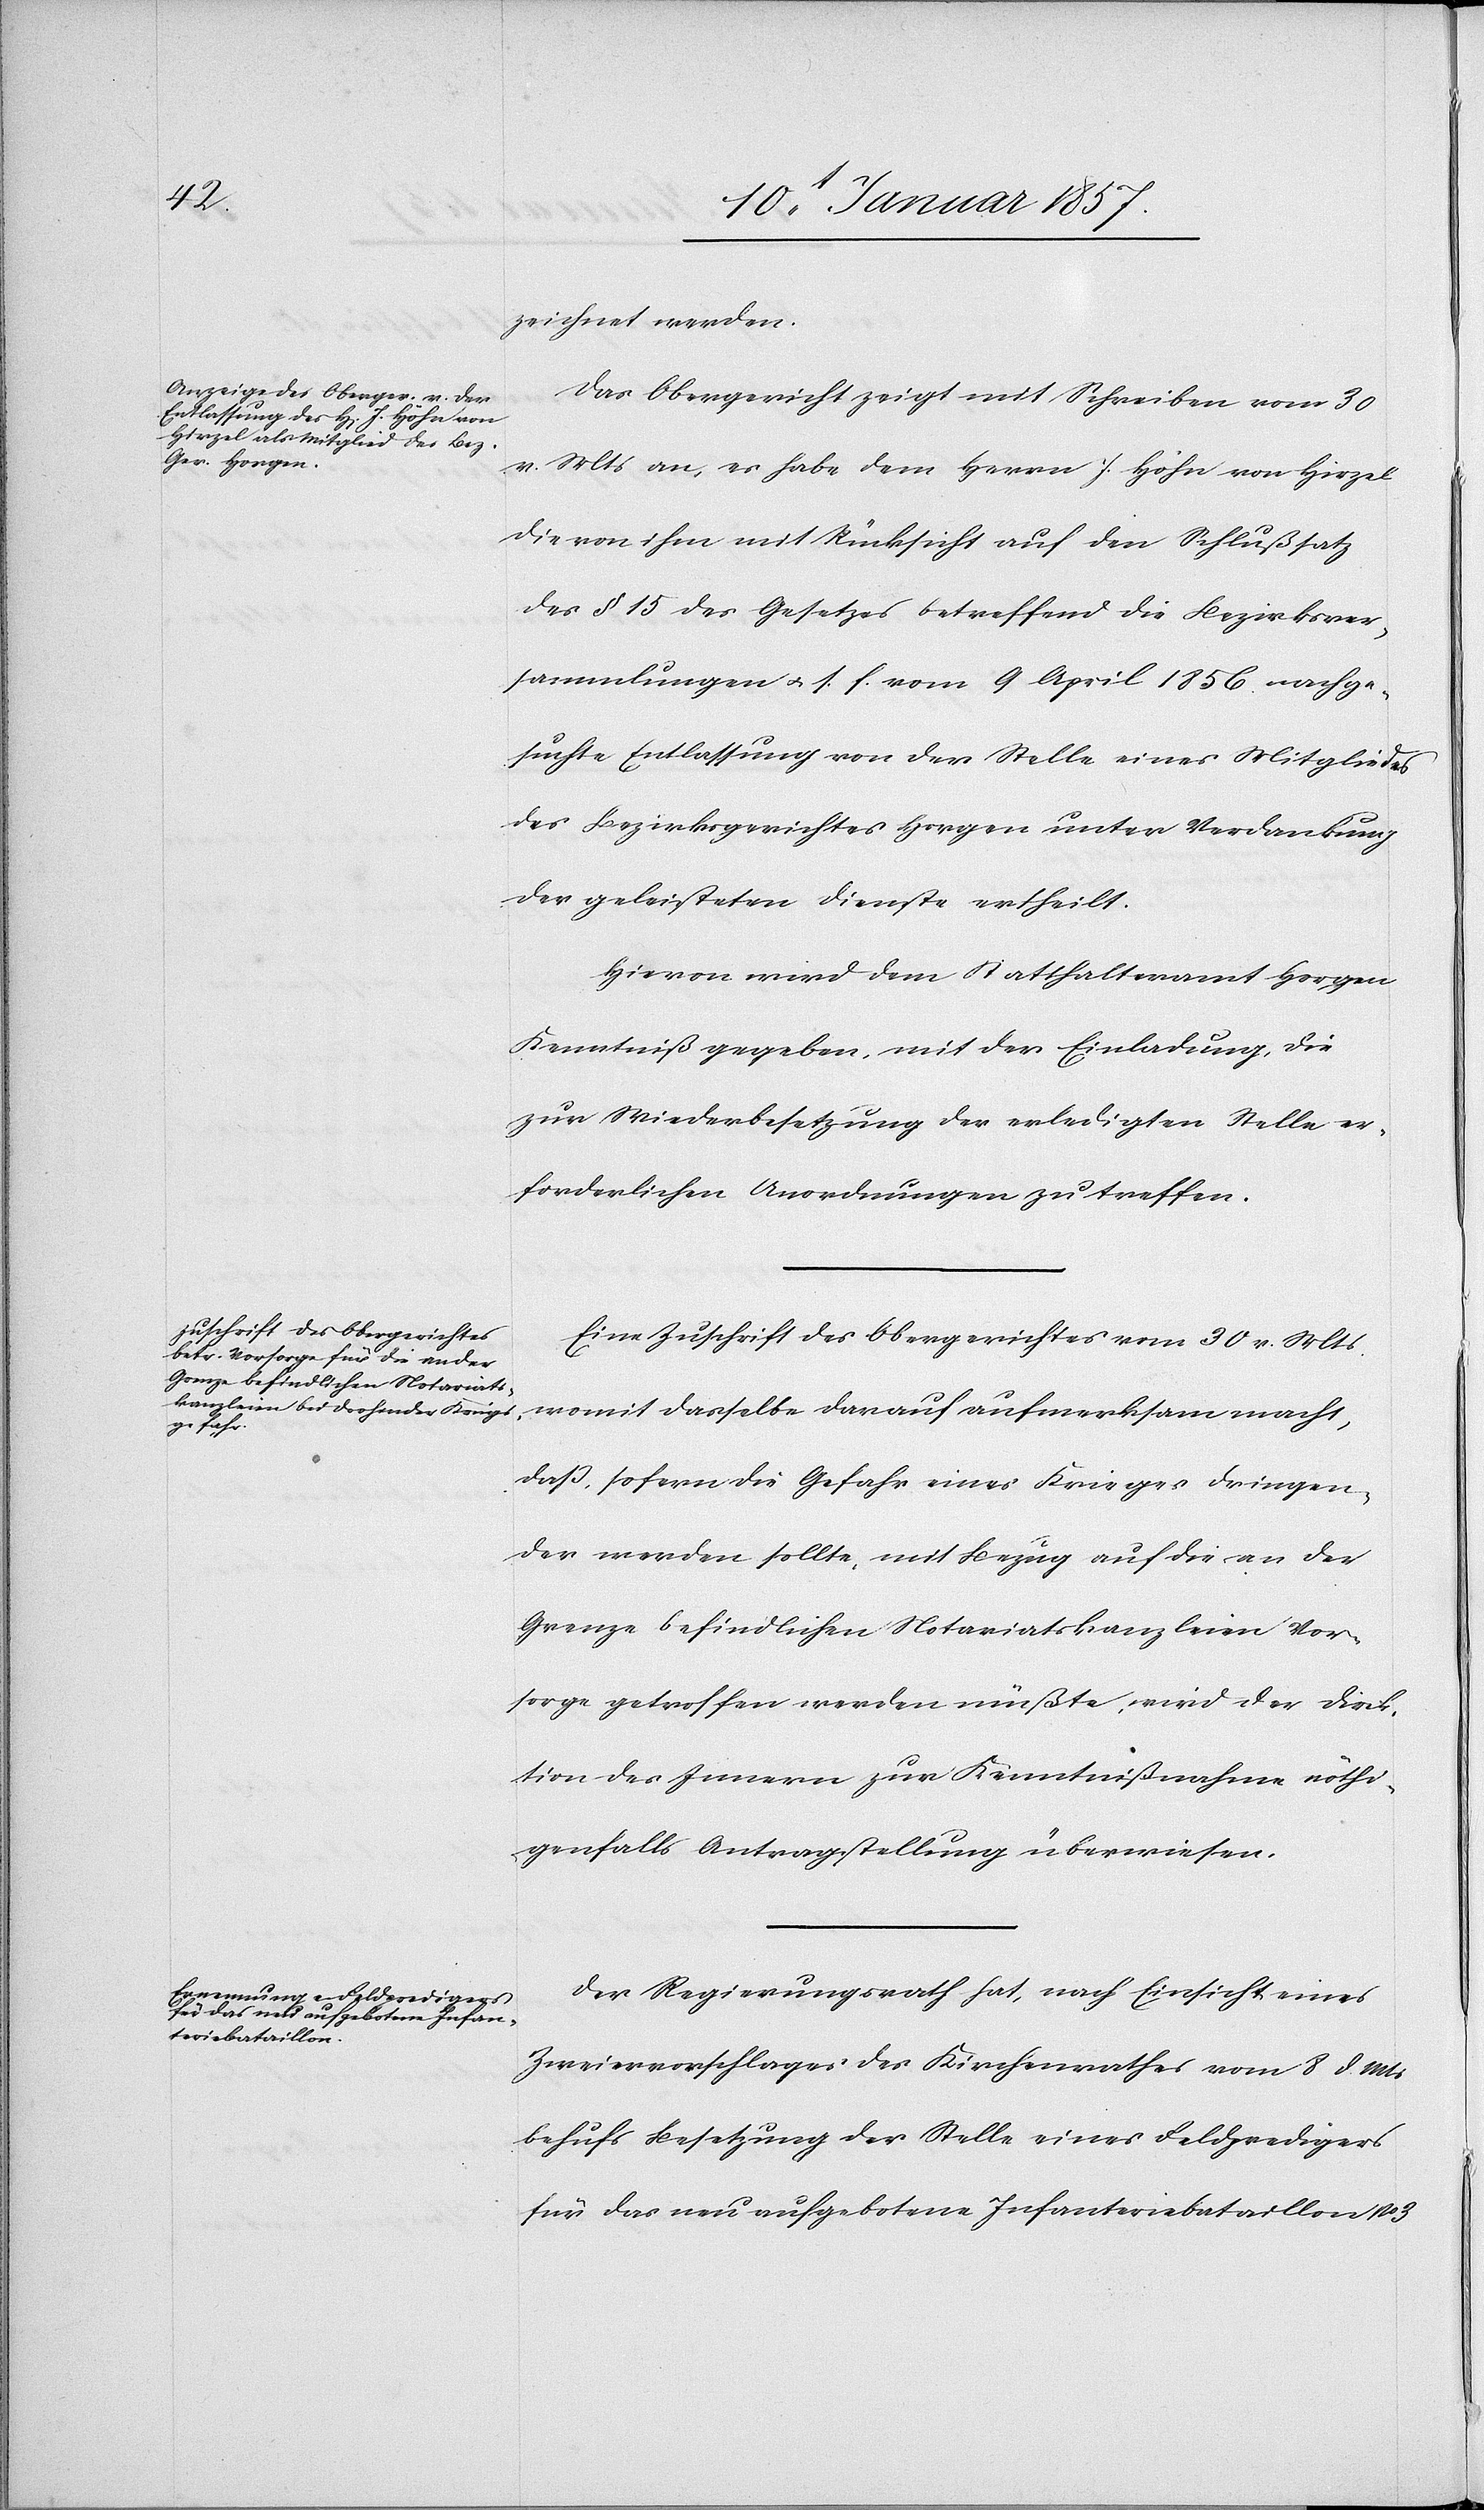
zeichnet werden.
Das Obergericht zeigt mit Schreiben vom
30°v.°Mts an, es habe dem Herrn J.°Höhn von Hirzel
die von ihm mit Rücksicht auf den Schlußsatz
des §°15 des Gesetzes betreffend die Bezirksver¬
sammlungen u. s.°f. vom 9°April°1856 nachge¬
suchte Entlassung von der Stelle eines Mitgliedes
des Bezirksgerichtes Horgen unter Verdankung
der geleisteten Dienste ertheilt.
Hievon wird dem Statthalteramt Horgen
Kenntniß gegeben, mit der Einladung, die
zur Wiederbesetzung der erledigten Stelle er¬
forderlichen Anordnungen zu treffen.
Eine Zuschrift des Obergerichtes vom 30 v. Mts.
womit dasselbe darauf aufmerksam macht,
daß, sofern die Gefahr eines Krieges dringen¬
der werden sollte, mit Bezug auf die an der
Grenze befindlichen Notariatskanzleien Vor¬
sorge getroffen werden müßte, wird der Direk¬
tion des Innern zur Kenntnißnahme nöthi¬
genfalls Antragstellung überwiesen.
Der Regierungsrath hat, nach Einsicht eines
Zweiervorschlages des Kirchenrathes vom 8 d. Mts
behufs Besetzung der Stelle einer Feldpredigers
für das neu aufgebotene Infanteriebataillon No.